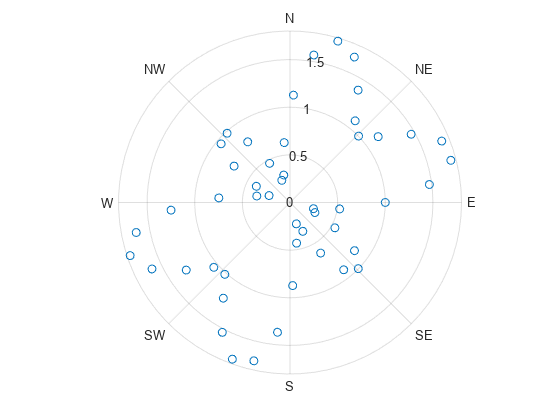
matlab, figure, polarplot